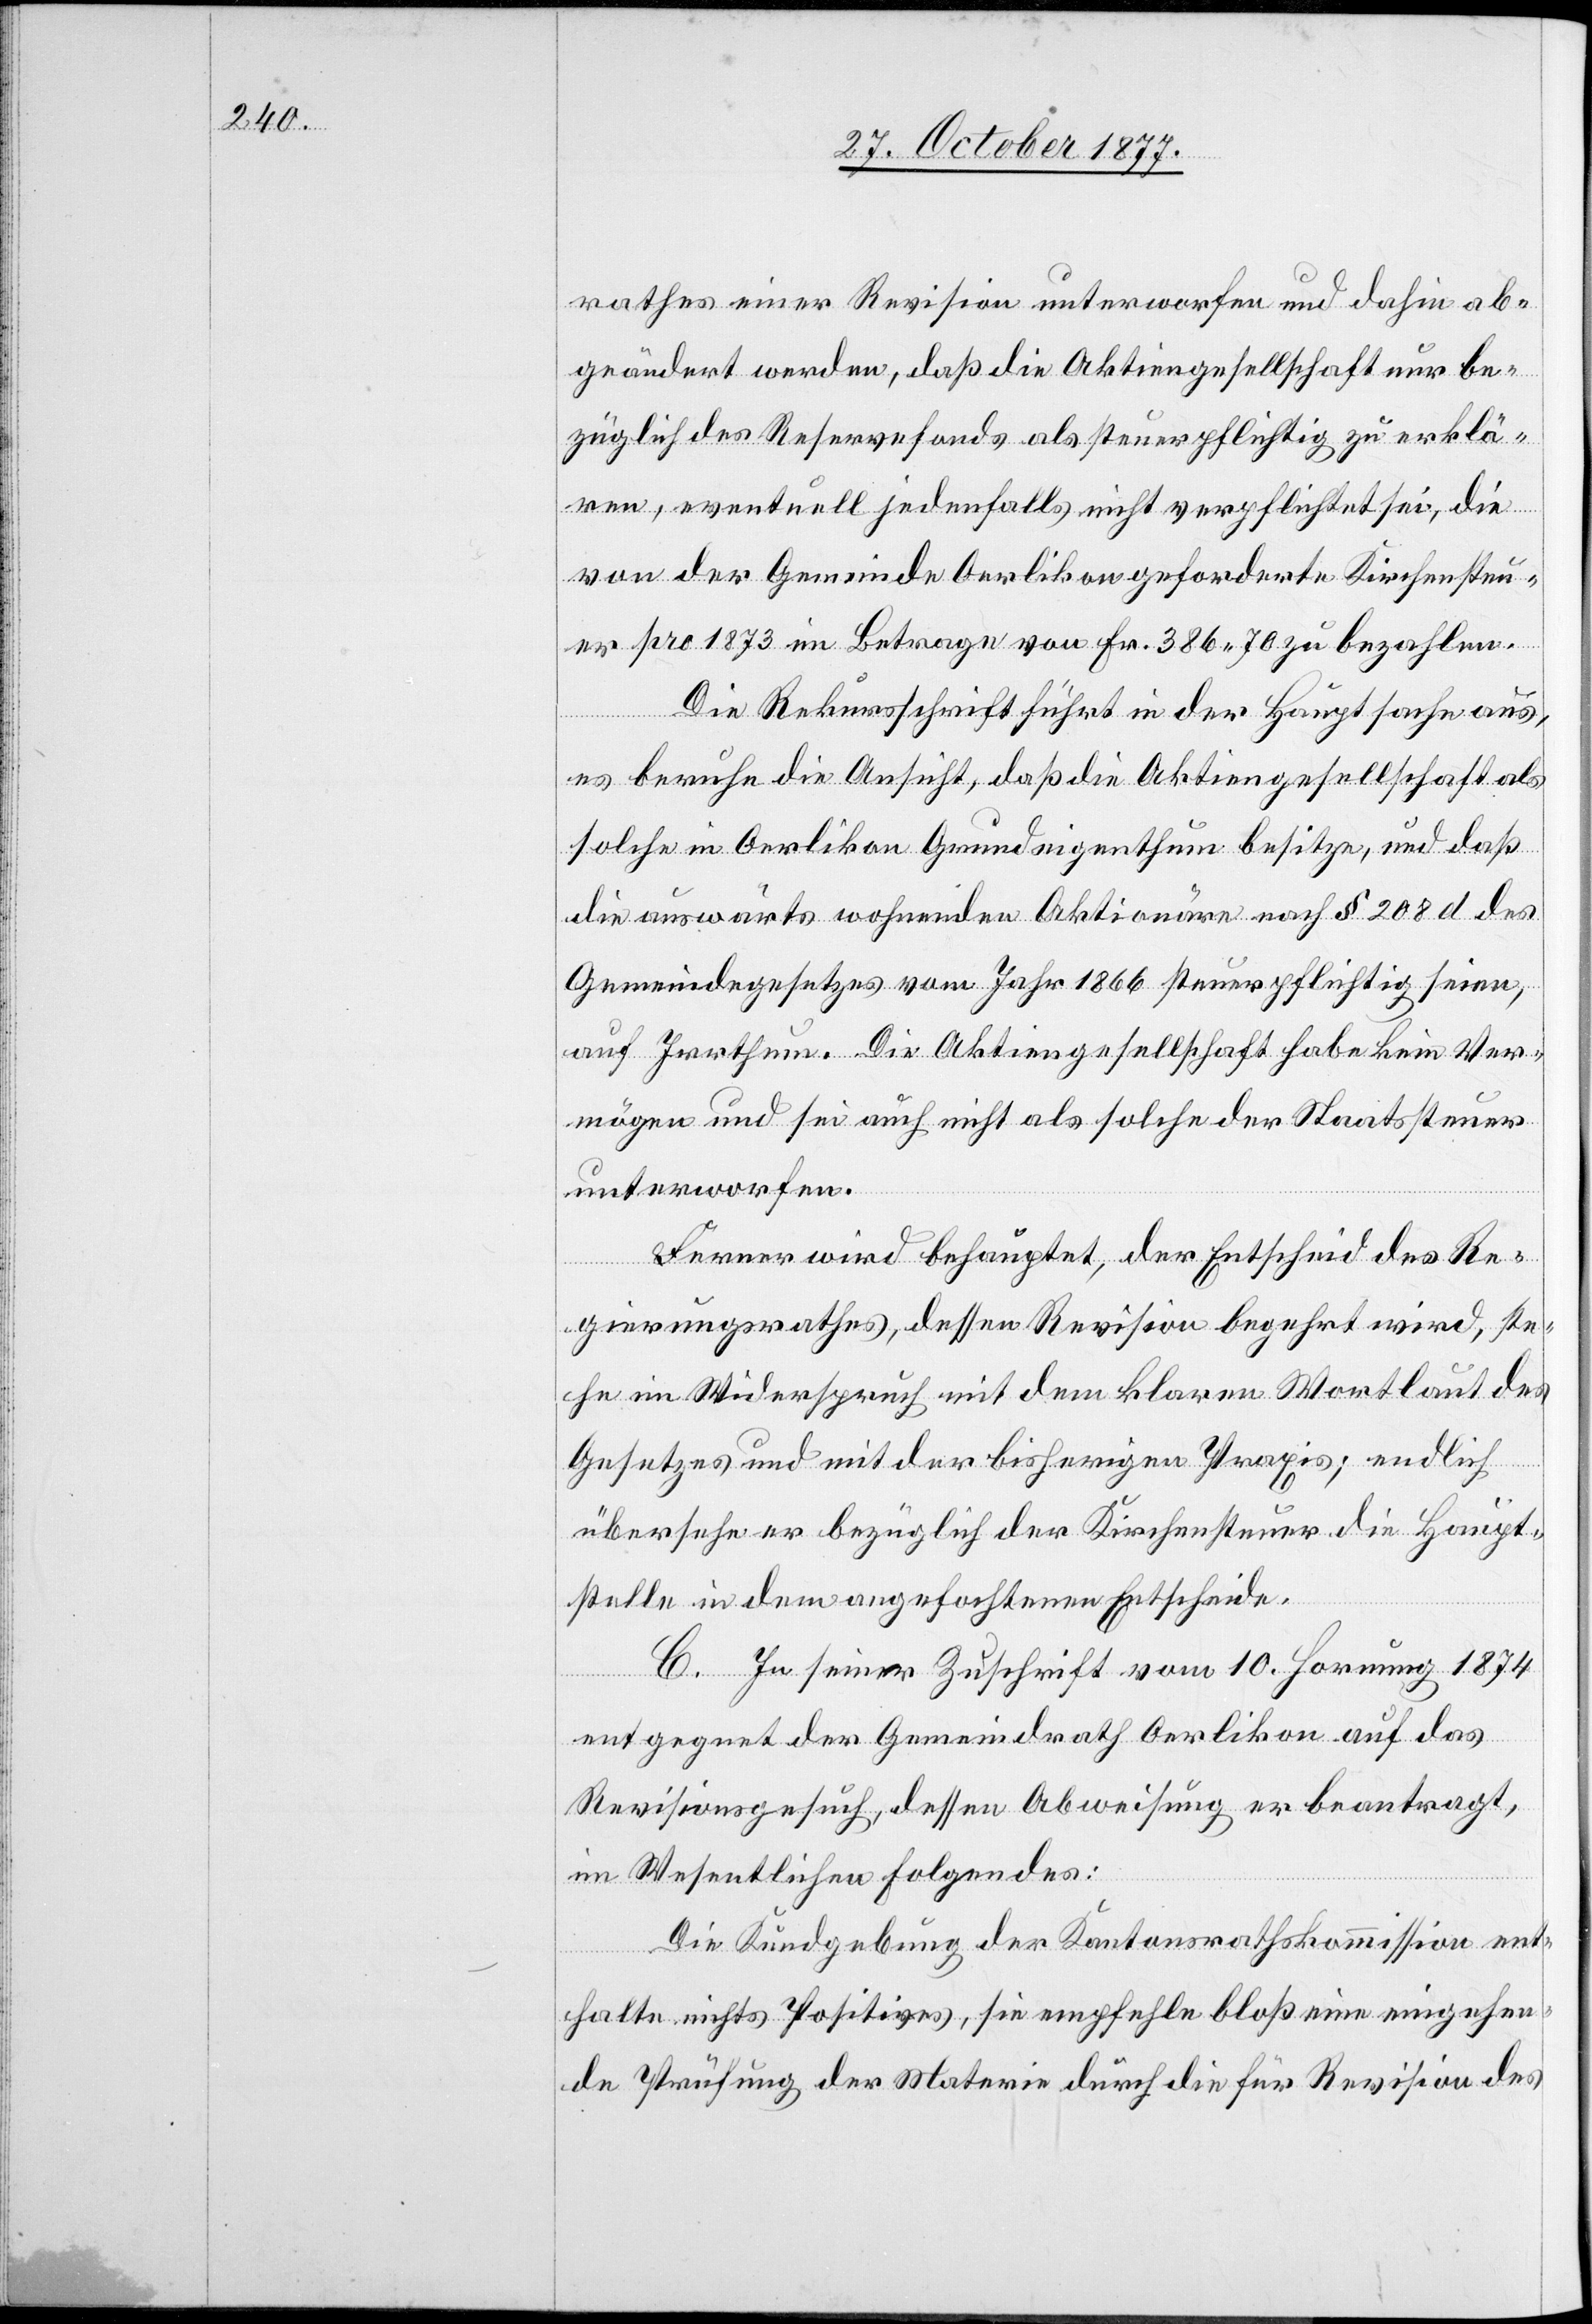
rathes einer Revision unterworfen und dahin ab¬
geändert werden, daß die Aktiengesellschaft nur be¬
züglich des Reservefonds als steuerpflichtig zu erklä¬
ren, eventuell jedenfalls nicht verpflichtet sei, die
von der Gemeinde Oerlikon geforderte Kirchensteu¬
er pro 1873 im Betrage von Fr. 386.70 zu bezahlen.
Die Rekursschrift führt in der Hauptsache aus,
es beruhe die Ansicht, daß die Aktiengesellschaft als
solche in Oerlikon Grundeigenthum besitze, und daß
die auswärts wohnenden Aktionäre nach § 208 d des
Gemeindegesetzes vom Jahr 1866 steuerpflichtig seien,
auf Irrthum. Die Aktiengesellschaft habe kein Ver¬
mögen und sei auch nicht als solche der Staatssteuer
unterworfen.
Ferner wird behauptet, der Entscheid des Re¬
gierungsrathes, dessen Revision begehrt wird, ste¬
he im Widerspruch mit dem klaren Wortlaut des
Gesetzes und mit der bisherigen Praxis; endlich
übersehe er bezüglich der Kirchensteuer die Haupt¬
stelle in dem angefochtenen Entscheide.
C. In seiner Zuschrift vom 10. Hornung 1874
entgegnet der Gemeindrath Oerlikon auf das
Revisionsgesuch, dessen Abweisung er beantragt,
im Wesentlichen Folgendes:
Die Kundgebung der Kantonsrathskommission ent¬
halte nichts Positives, sie empfehle bloß eine eingehen¬
de Prüfung der Materie durch die für Revision des